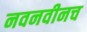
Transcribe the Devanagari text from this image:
नवनवीनच